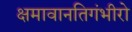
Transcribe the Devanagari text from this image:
क्षमावानतिगंभीरो